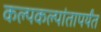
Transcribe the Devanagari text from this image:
कल्पकल्पांतापर्यंत